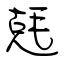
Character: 兞